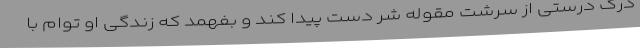
درک درستی از سرشت مقوله شر دست پیدا کند و بفهمد که زندگی او توام با